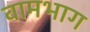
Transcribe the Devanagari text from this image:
वामभाग